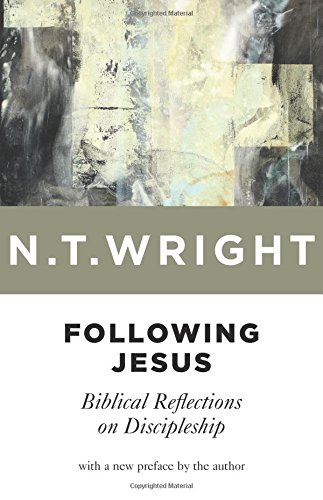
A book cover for Following Jesus: Biblical Reflections on Discipleship; N. T. Wright; Christian Books & Bibles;